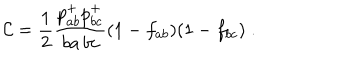
{ \cal C } = \frac { 1 } { 2 } \frac { p _ { a b } ^ { + } p _ { b c } ^ { + } } { b a \, b c } ( 1 - f _ { a b } ) ( 1 - f _ { b c } ) \; .